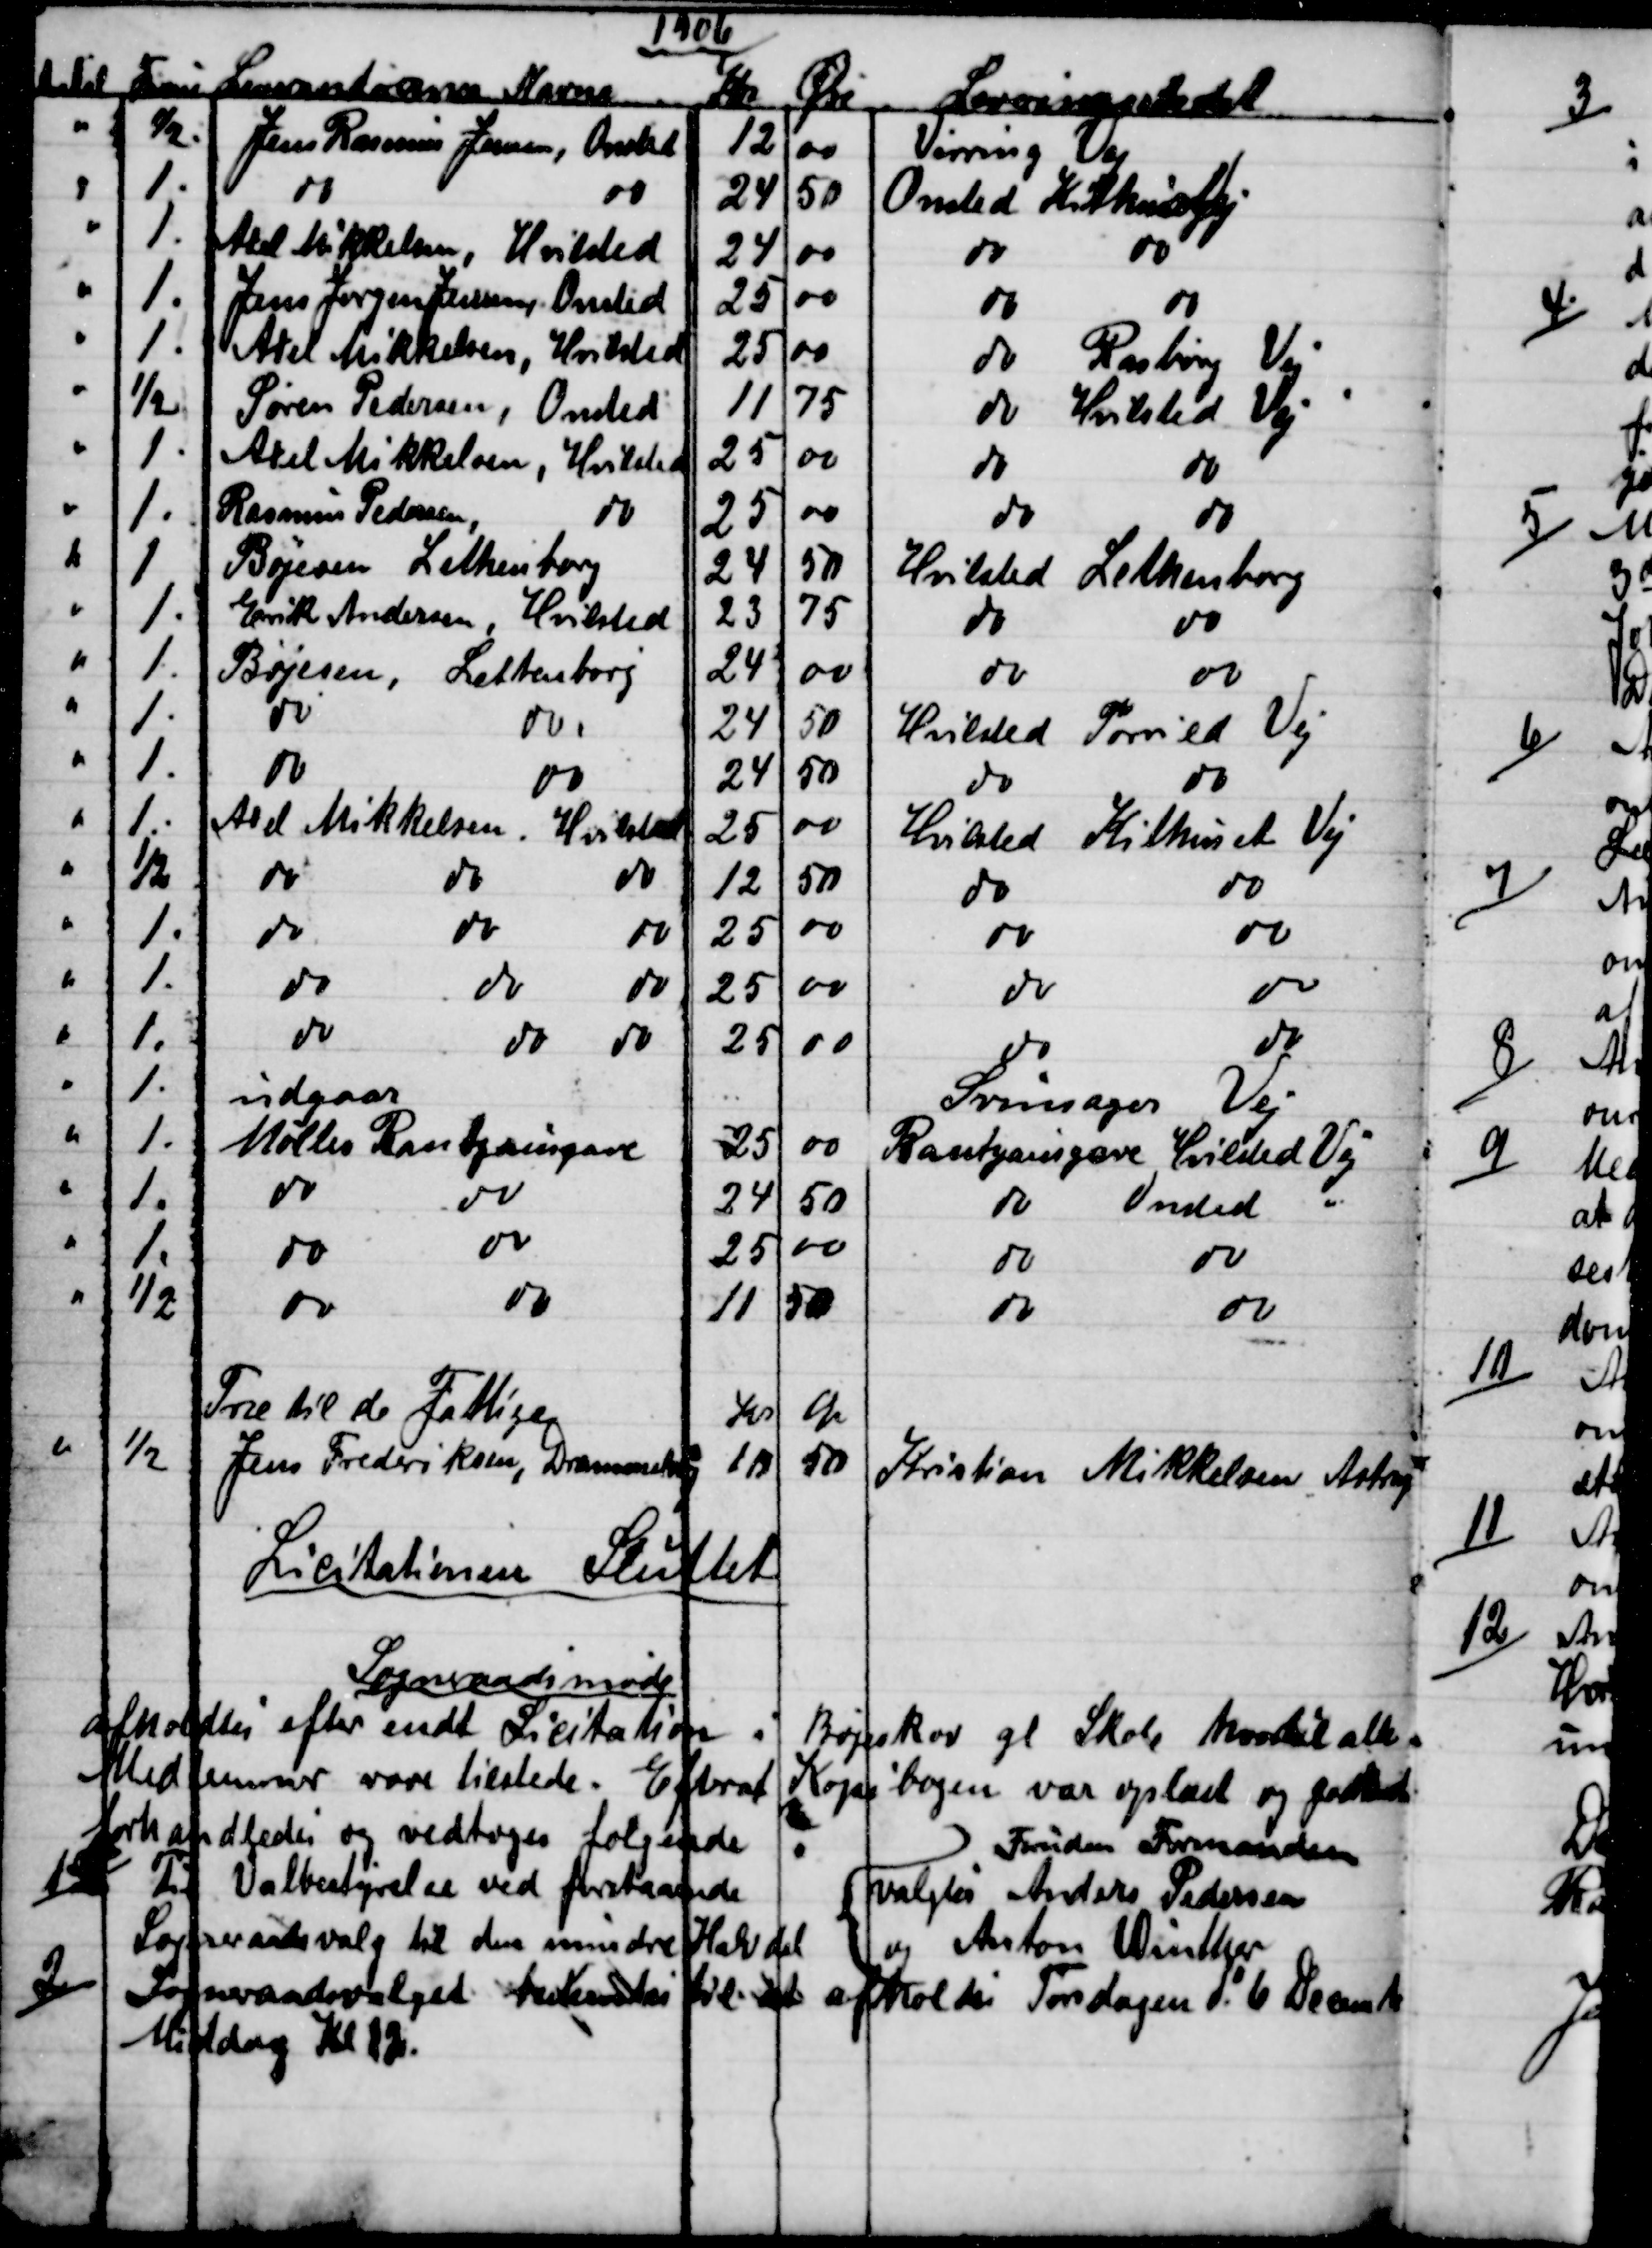
Transskription:
1906
Antal Favne Leverandørernes Navne
Kr
Øre 
Leveringsstedet
½
Jens Rasmus Jensen, Onsted
12
00
Virring Vej
1
do
do
24
50
Onsted Kithusvej
1
Axel Mikkelsen, Hvilsted
24
00
do
do
1
Jens Jørgen Jensen, Onsted
25
00
do
do
1
Axel Mikkelsen, Hvilsted
25
00
do 
Rasborg Vej
½
Søren Pedersen, Onsted
11
75
do 
Hvilsted Vej
1
Axel Mikkelsen, Hvilsted
25
00
do
do
1
Rasmus Pedersen
do
25
00
do
do
1
Bøjesen Lethenborg
24
50
Hvilsted Lethenborg
1
Erik Andersen, Hvilsted
23
75
do
do
1
Bøjesen, Lethenborg
24
00
do
do
1
do
do
24
50
Hvilsted Torrild Vej
1
do
do
24
50
do
do
1
Axel Mikkelsen, Hvilsted
25
00
Hvilsted Kithuset Vej
½
do
do
do
12
50
do
do
1
do
do
do
25
00
do
do
1
do
do
do
25
00
do
do
1
do
do
do
25
00
do
do
1
udgaar
Svinsager Vej
1
Møller Rantzaugave
25
00
Rantzausgave Hvilsted Vej
1
do
do
24
50
do
Onsted
1
do
do
25
00
do
do
½
do
do
11
50
do
do
Træ til de Fattige
Kr
Øre
½
Jens Frederiksen, Drammelstrup
10
50
Kristian Mikkelsen Astrup
Licitationen Sluttet
Sogneraadsmøde
afholdtes efter endt Licitation i Bøgeskov gl Skole hvortil alle
Medlemmer vare tilstede. Efterat Kopibogen var oplæst og godkendt
forhandledes og vedtoges følgende
1)
Til Valgbestyrelse ved forestaaende
Sogneraadsvalg til den mindre Halvdel
Foruden Formanden
valgtes Anders Pedersen
og Anton Winther
2)
Sogneraadsvalget bestemtes til at afholdes Torsdagen d 6 Decembe
Middag Kl 12.